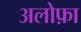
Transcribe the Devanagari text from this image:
अलोफ़ा